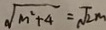
\sqrt { m ^ { 2 } + 4 } = \sqrt { 2 } m